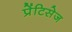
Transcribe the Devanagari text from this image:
प्रेंटिसेज